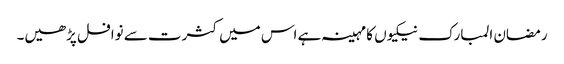
رمضان المبارک نیکیوں کا مہینہ ہے اس میں کثرت سے نوافل پڑھیں۔